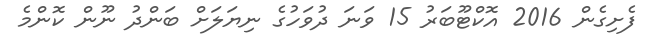
ފެށިގެން 2016 އޮކްޓޫބަރު 15 ވަނަ ދުވަހުގެ ނިޔަލަށް ބަންދު ނޫން ކޮންމެ